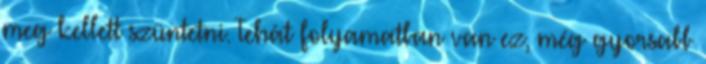
meg kellett szüntetni. Tehát folyamatban van ez, még gyorsabb